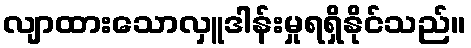
လျာထားသောလှူဒါန်းမှုရရှိနိုင်သည်။